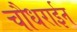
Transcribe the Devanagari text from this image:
चौधराईन